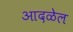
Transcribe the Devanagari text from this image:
आदळेल